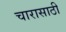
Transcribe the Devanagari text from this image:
चारासाठी